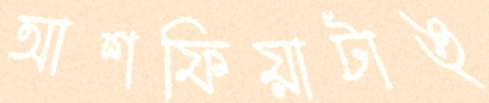
আশফিয়াটাঙ্